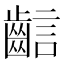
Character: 𪘎